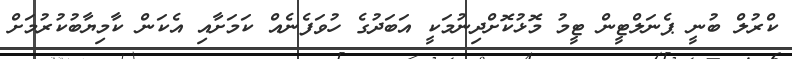
ކްރުލް ބުނީ ޕެނަލްޓީން ޓީމު މޮޅުކޮށްދިނުމަކީ އަބަދުގެ ހުވަފެނެއް ކަމަށާއި އެކަން ކާމިޔާބުކުރުމަށް